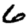
Digit: 6